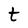
Character: t